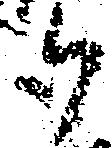
御